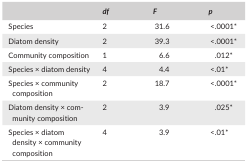
|  | df | F | p |
 | --- | --- | --- | --- |
 | Species | 2 | 31.6 | <.0001a |
 | Diatom density | 2 | 39.3 | <.0001a |
 | Community composition | 1 | 6.6 | .012a |
 | Species × diatom density | 4 | 4.4 | <.01a |
 | Species × community composition | 2 | 18.7 | <.0001a |
 | Diatom density × community composition | 2 | 3.9 | .025a |
 | Species × diatom density × community composition | 4 | 3.9 | <.01a |